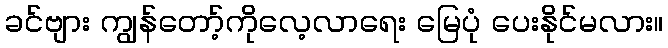
ခင်ဗျား ကျွန်တော့်ကိုလေ့လာရေး မြေပုံ ပေးနိုင်မလား။